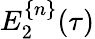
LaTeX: E_{2}^{\{ n\} }(\tau)